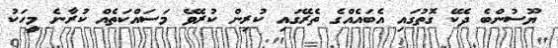
ޔޫސުންބެ ދެކޭ ގޮތުގައި އެބައެއްގެ ތެރޭގައި ކުރިން ކުރެވޭ މަސައްކަތެއް ކުރާނެ މީހަކު